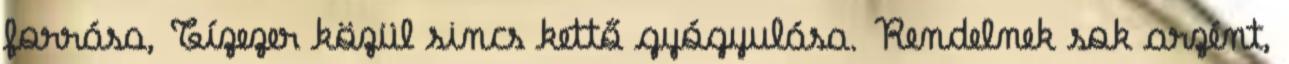
forrása, Tízezer közül sincs kettő gyógyulása. Rendelnek sok arzént,